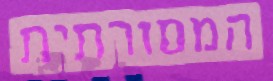
המסורתית